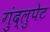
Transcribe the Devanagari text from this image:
गुंद्लुपेट